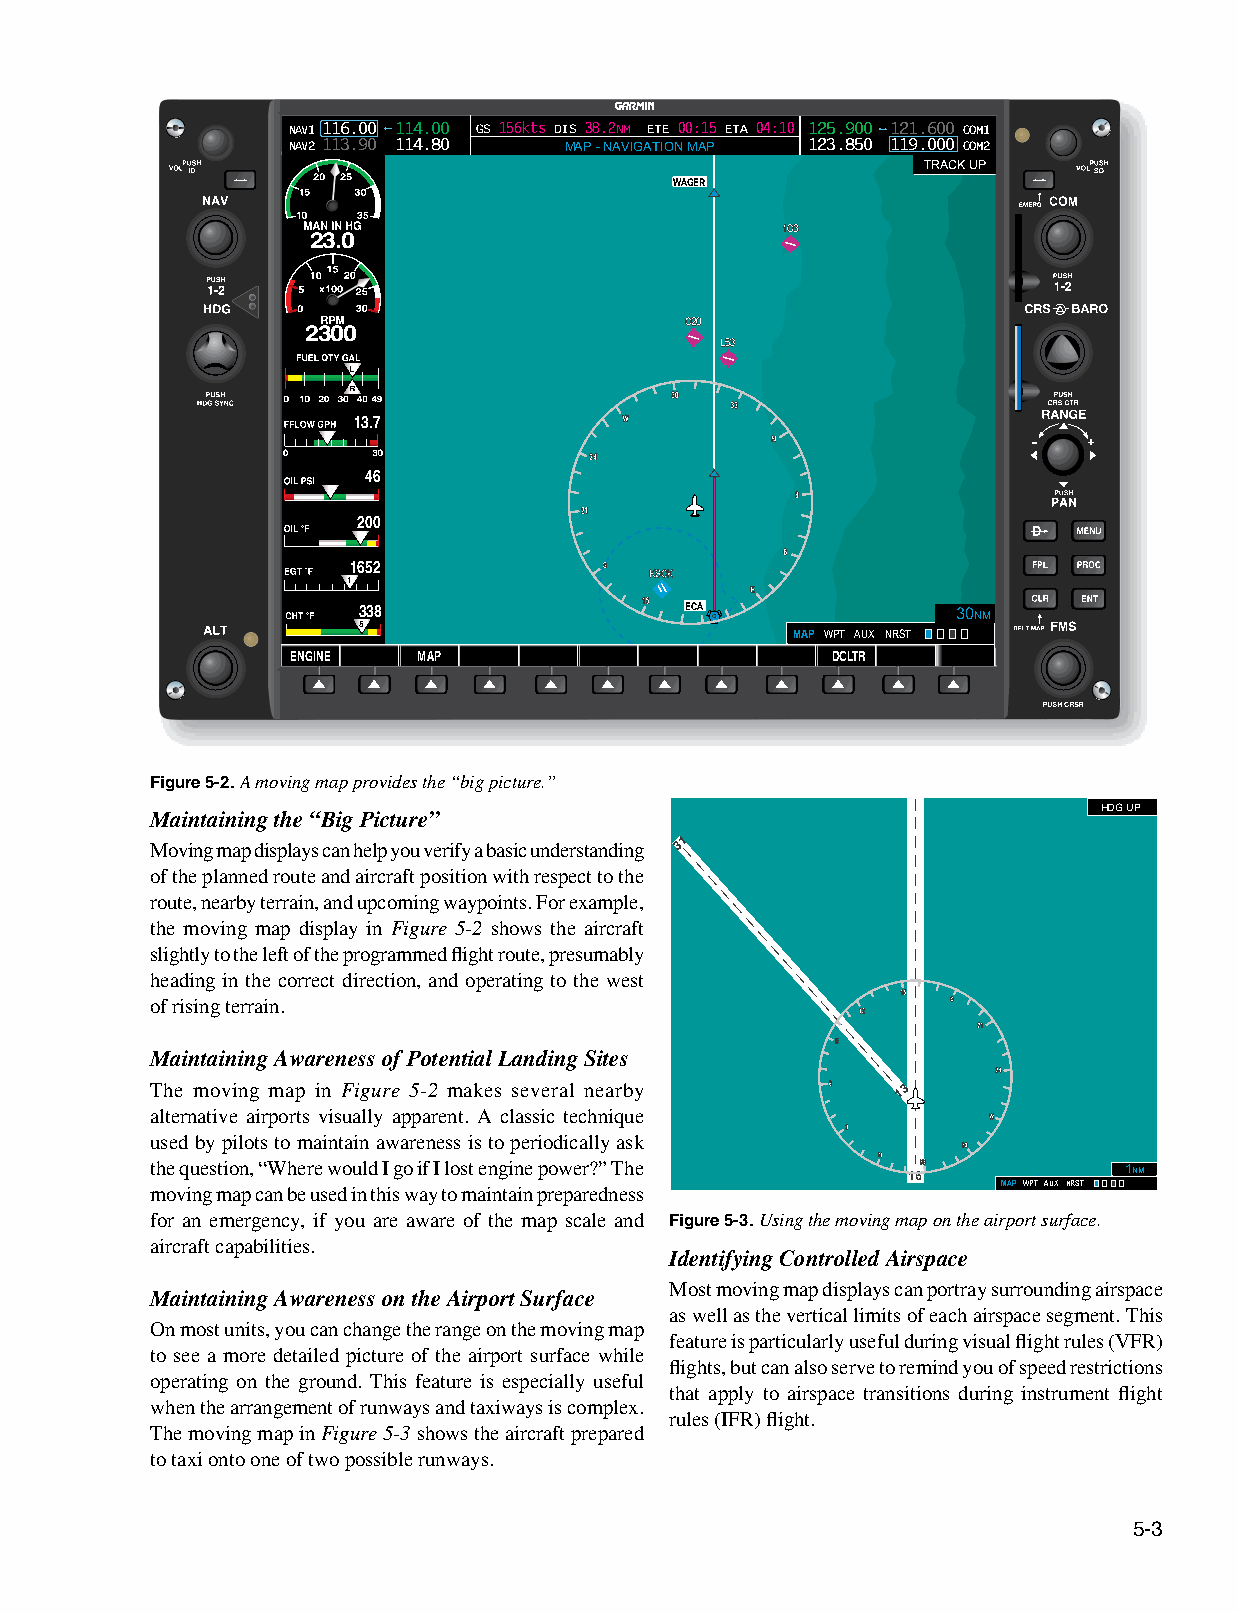
NAV1 116.00 114.00 GS 156kts DIS 38.2NM ETE 00:15 ETA 04:10 125.900 121.600 COM1
 NAV2 113.90 114.80 MAP - NAVIGATION MAP 123.850 119.000 COM2
 TRACK UP
 WAGER
 23.0
 2300
 13.7
 46
 200
 1652
 1
 338                  ECA               30NM
 5
 MAP WPT AUX NRST
 ENGINE   MAP                        DCLTR
 Figure 5-2. A moving map provides the “big picture.”
 HDG UP
 Maintaining the “Big Picture”
 Moving map displays can help you verify a basic understanding 31
 of the planned route and aircraft position with respect to the
 route, nearby terrain, and upcoming waypoints. For example,
 the moving map display in Figure 5-2 shows the aircraft
 slightly to the left of the programmed flight route, presumably
 heading in the correct direction, and operating to the west
 of rising terrain.
 Maintaining Awareness of Potential Landing Sites
 The moving map in Figure 5-2 makes several nearby 13
 alternative airports visually apparent. A classic technique
 used by pilots to maintain awareness is to periodically ask
 the question, “Where would I go if I lost engine power?” The
 16
 1NM
 moving map can be used in this way to maintain preparedness MAPWPTAUX NRST
 for an emergency, if you are aware of the map scale and Figure 5-3. Using the moving map on the airport surface.
 aircraft capabilities.
 Identifying Controlled Airspace
 Most moving map displays can portray surrounding airspace
 Maintaining Awareness on the Airport Surface
 as well as the vertical limits of each airspace segment. This
 On most units, you can change the range on the moving map
 feature is particularly useful during visual flight rules (VFR)
 to see a more detailed picture of the airport surface while
 flights, but can also serve to remind you of speed restrictions
 operating on the ground. This feature is especially useful
 that apply to airspace transitions during instrument flight
 when the arrangement of runways and taxiways is complex.
 rules (IFR) flight.
 The moving map in Figure 5-3 shows the aircraft prepared
 to taxi onto one of two possible runways.
 5-3